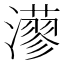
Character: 𤁸